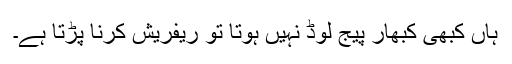
ہاں کبھی کبھار پیج لوڈ نہیں ہوتا تو ریفریش کرنا پڑتا ہے۔